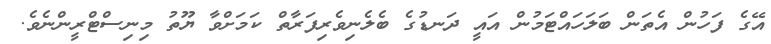
އޭގެ ފަހުން އެތަން ބަލަހައްޓަމުން އައީ ދަނޑުގެ ބެލެނިވެރިފަރާތް ކަމަށްވާ ޔޫތު މިނިސްޓްރީންނެވެ.